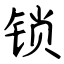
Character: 锁